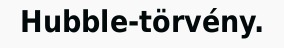
Hubble-törvény.